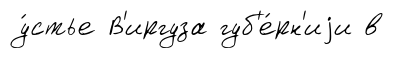
у́стье В'иргуза губ'е́рн'иjи в